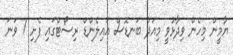
ޔާމީން މިހެން ވިދާޅުވީ މިއަދު ބަނޑޮސް އައިލެންޑް ރިސޯޓްގައި ފެށި 7 ވަނަ